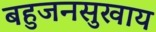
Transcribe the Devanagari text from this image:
बहुजनसुखाय